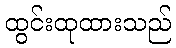
ထွင်းထုထားသည်